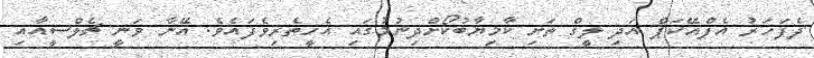
ދެފަހަރު އެފްއޭކަޕް އަދި ލީގް ތަށި ކާމިޔާބުކޯށްދިނުމުގައި އެހީތެރިވެފައެވެ. އޭނާ ވަނީ ޗެލްސީއާއި